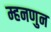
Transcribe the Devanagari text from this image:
म्हनणुन